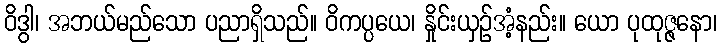
ဝိဒွါ၊ အဘယ်မည်သော ပညာရှိသည်။ ဝိကပ္ပယေ၊ နှိုင်းယှဉ်အံ့နည်း။ ယော ပုထုဇ္ဇနော၊